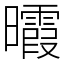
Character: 𣌊